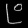
Digit: ၉